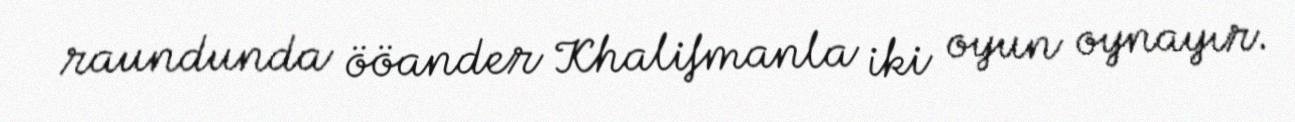
raundunda ööander Khalifmanla iki oyun oynayır.